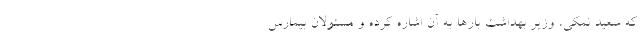
که سعید نمکی، وزیر بهداشت بارها به آن اشاره کرده و مسئولان بیمارس